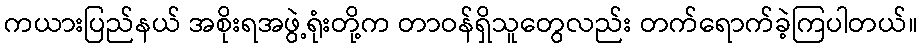
ကယားပြည်နယ် အစိုးရအဖွဲ့ရုံးတို့က တာဝန်ရှိသူတွေလည်း တက်ရောက်ခဲ့ကြပါတယ်။